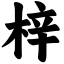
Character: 梓